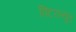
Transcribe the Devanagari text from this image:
विंटरल्युड